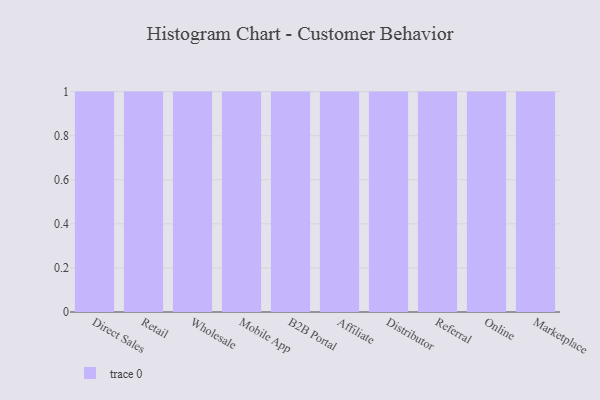
{"axis": {"x": "Channel", "y": "Conversion Rate (%)"}, "legend": [""], "data": [{"x": "Direct Sales", "y": 41, "type": ""}, {"x": "Retail", "y": 76, "type": ""}, {"x": "Wholesale", "y": 5, "type": ""}, {"x": "Mobile App", "y": 49, "type": ""}, {"x": "B2B Portal", "y": 78, "type": ""}, {"x": "Affiliate", "y": 37, "type": ""}, {"x": "Distributor", "y": 91, "type": ""}, {"x": "Referral", "y": 67, "type": ""}, {"x": "Online", "y": 37, "type": ""}, {"x": "Marketplace", "y": 97, "type": ""}]}